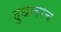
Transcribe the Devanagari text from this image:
दुधावरच